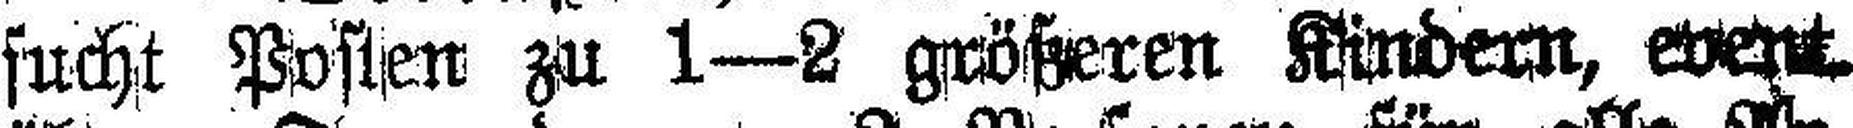
sucht Posten zu 1—2 größeren Kindern, event¬